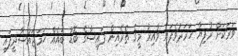
ވަރަކަށް ރުފިޔާ ހަރަދުވެފައި ވާއިރު މީގެ ތެރެއިން ފައިސާގެ ބޮޑު ބައެއް ހަމަޖައްސާދީފައި